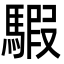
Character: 騢